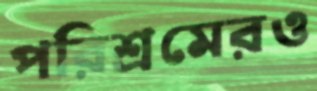
পরিশ্রমেরও